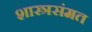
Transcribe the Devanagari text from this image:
शास्त्रसंमत